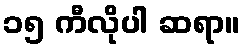
၁၅ ကီလိုပါ ဆရာ။